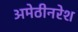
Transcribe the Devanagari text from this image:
अमेठीनरेश